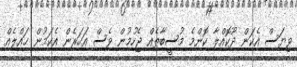
ވިޔަސް އެކަން ދޫކޮއްލާ ކޮންމެ މުސީބާތެއް ޖެހުމުން ވެސް އަހަރެން އެކަމުން ޙައްލެއް